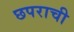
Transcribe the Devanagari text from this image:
छपराची